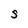
Character: S